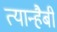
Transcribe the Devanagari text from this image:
त्यान्हैबी